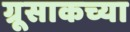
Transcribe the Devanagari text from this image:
ग्रूसाकच्या